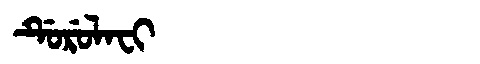
Manchu: ᡩᡠᡵᡠᠯᠠᠸᡳ
Romanization: DURULAFI